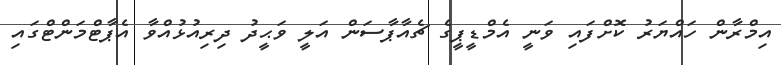
އިމްރާން ހައްޔަރު ކޮށްފައި ވަނީ އެމްޑީޕީގެ ޗެއާޕާސަން އަލީ ވަޙީދު ދިރިއުޅުއްވާ އެޕާޓްމަންޓްގައި